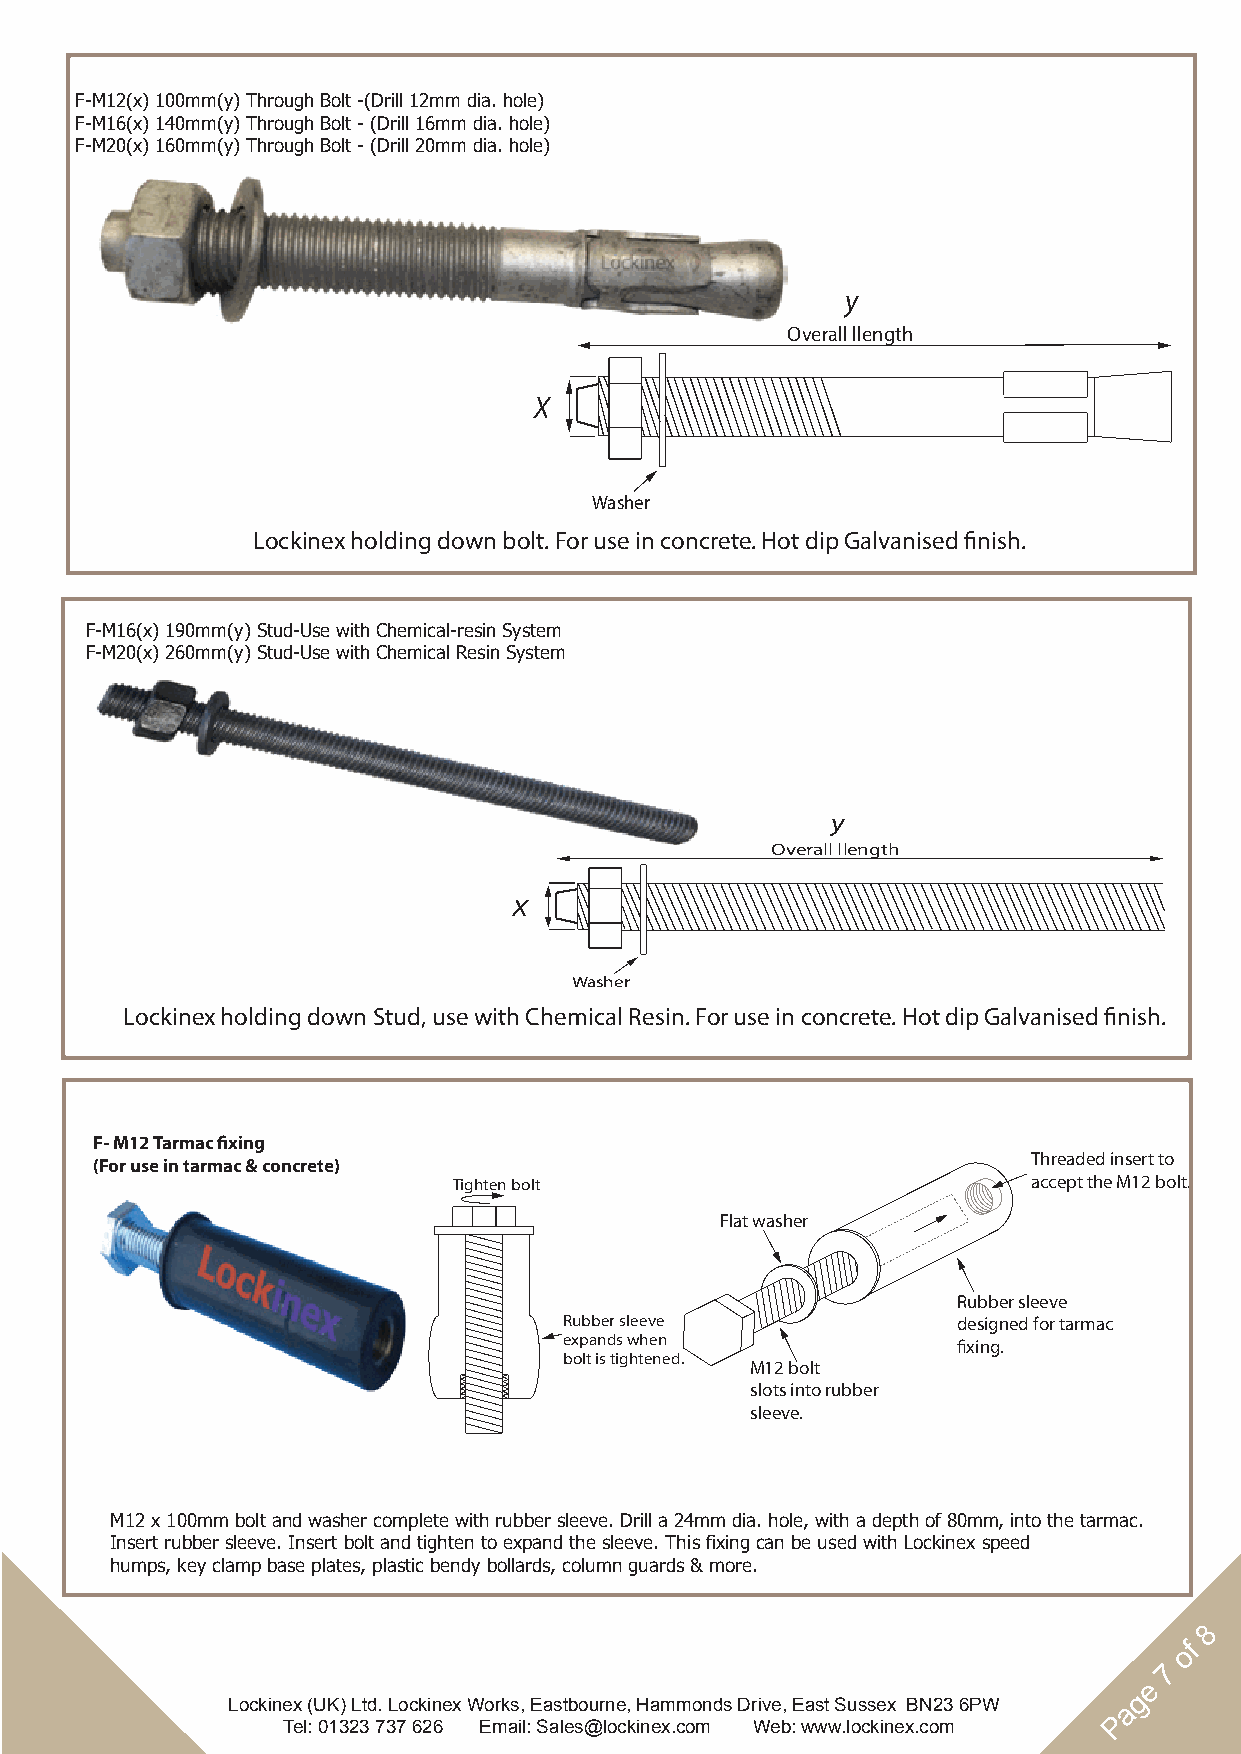
F-M12(x) 100mm(y) Through Bolt -(Drill 12mm dia. hole)
 F-M16(x) 140mm(y) Through Bolt - (Drill 16mm dia. hole)
 F-M20(x) 160mm(y) Through Bolt - (Drill 20mm dia. hole)
 y
 Overall llength
 X
 Washer
 Lockinex holding down bolt. For use in concrete. Hot dip Galvanised finish.
 F-M16(x) 190mm(y) Stud-Use with Chemical-resin System
 F-M20(x) 260mm(y) Stud-Use with Chemical Resin System
 Page ?
 y
 Overall llength
 X
 Washer
 Lockinex holding down Stud, use with Chemical Resin. For use in concrete. Hot dip Galvanised finish.
 F- M12 Tarmac fixing
 (For use in tarmac & concrete)                                Threaded insert to
 Tighten bolt                          accept the M12 bolt.
 Flat washer
 Rubber sleeve
 Rubber sleeve             designed for tarmac
 expands when              fixing.
 bolt is tightened.
 M12 bolt
 slots into rubber
 sleeve.
 M12 x 100mm bolt and washer complete with rubber sleeve. Drill a 24mm dia. hole, with a depth of 80mm, into the tarmac.
 Insert rubber sleeve. Insert bolt and tighten to expand the sleeve. This fixing can be used with Lockinex speed
 humps, key clamp base plates, plastic bendy bollards, column guards & more.
 8
 of
 7
 e
 g
 Lockinex (UK) Ltd. Lockinex Works, Eastbourne, Hammonds Drive, East Sussex BN23 6PW a
 P
 Tel: 01323 737 626 Email: Sales@lockinex.com Web: www.lockinex.com